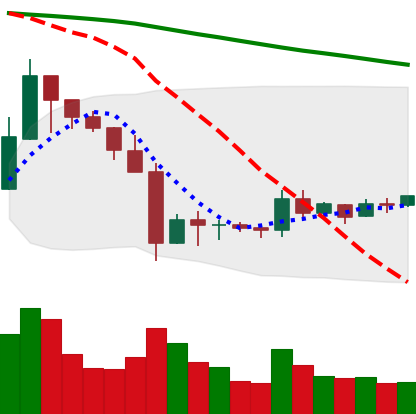
Ticker: XRP-USD
Chart end date: 2019-10-06
Forward return: 5.197%
Label: up_5_7